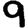
Digit: 9